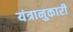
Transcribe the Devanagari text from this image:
यंत्रानुकारी